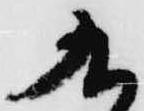
九